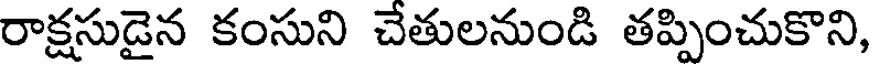
రాక్షసుడైన కంసుని చేతులనుండి తప్పించుకొని,